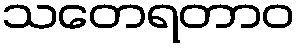
သတေရတာဝ